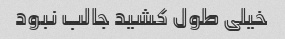
خیلی طول کشید جالب نبود